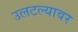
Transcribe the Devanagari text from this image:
उलटल्यावर